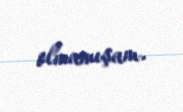
olmamışam.